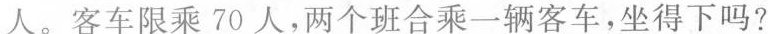
人。客车限乘70人，两个班合乘一辆客车，坐得下吗?